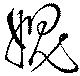
媿